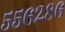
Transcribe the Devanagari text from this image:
५५६२८६